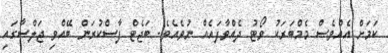
ކަމަށް އެއްވެސް މެމްބަރަކު ވޯޓު ދެއްވާފައެއް ނުވެއެވެ. ބަޖެޓް ފާސްކުރަން ބޭއްވި ޖަލްސާގައި